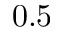
0 . 5